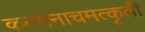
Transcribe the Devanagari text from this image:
कल्पनाचमत्कृती